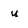
Character: u